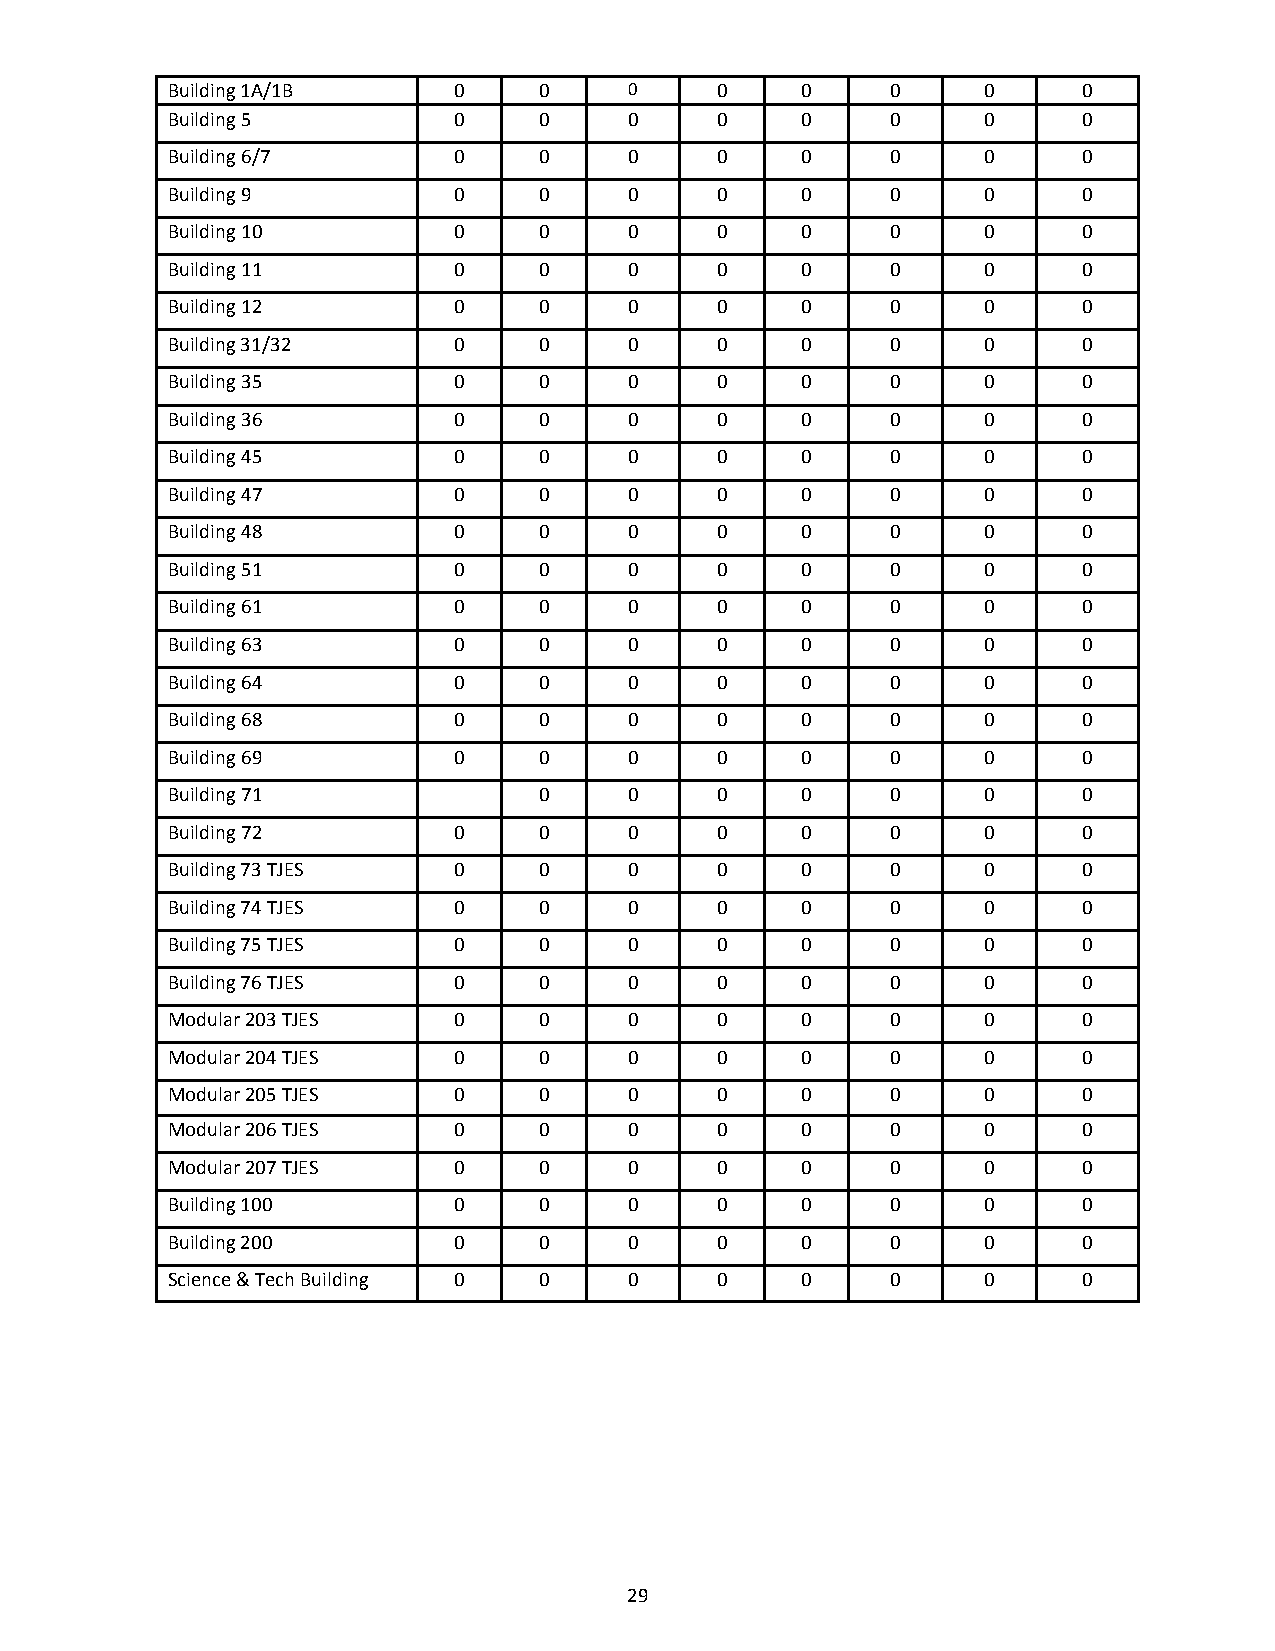
Building 1A/1B     0     0     0    0     0     0     0      0
 Building 5         0     0     0    0     0     0     0      0
 Building 6/7       0     0     0    0     0     0     0      0
 Building 9         0     0     0    0     0     0     0      0
 Building 10        0     0     0    0     0     0     0      0
 Building 11        0     0     0    0     0     0     0      0
 Building 12        0     0     0    0     0     0     0      0
 Building 31/32     0     0     0    0     0     0     0      0
 Building 35        0     0     0    0     0     0     0      0
 Building 36        0     0     0    0     0     0     0      0
 Building 45        0     0     0    0     0     0     0      0
 Building 47        0     0     0    0     0     0     0      0
 Building 48        0     0     0    0     0     0     0      0
 Building 51        0     0     0    0     0     0     0      0
 Building 61        0     0     0    0     0     0     0      0
 Building 63        0     0     0    0     0     0     0      0
 Building 64        0     0     0    0     0     0     0      0
 Building 68        0     0     0    0     0     0     0      0
 Building 69        0     0     0    0     0     0     0      0
 Building 71              0     0    0     0     0     0      0
 Building 72        0     0     0    0     0     0     0      0
 Building 73 TJES   0     0     0    0     0     0     0      0
 Building 74 TJES   0     0     0    0     0     0     0      0
 Building 75 TJES   0     0     0    0     0     0     0      0
 Building 76 TJES   0     0     0    0     0     0     0      0
 Modular 203 TJES   0     0     0    0     0     0     0      0
 Modular 204 TJES   0     0     0    0     0     0     0      0
 Modular 205 TJES   0     0     0    0     0     0     0      0
 Modular 206 TJES   0     0     0    0     0     0     0      0
 Modular 207 TJES   0     0     0    0     0     0     0      0
 Building 100       0     0     0    0     0     0     0      0
 Building 200       0     0     0    0     0     0     0      0
 Science & Tech Building 0 0    0    0     0     0     0      0
 29